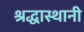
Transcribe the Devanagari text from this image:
श्रद्धास्थानी